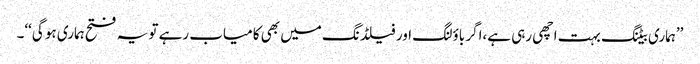
’’ہماری بیٹنگ بہت اچھی رہی ہے،اگر باؤلنگ اور فیلڈنگ میں بھی کامیاب رہے تو یہ فتح ہماری ہو گی‘‘۔